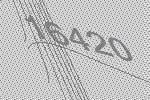
16420